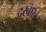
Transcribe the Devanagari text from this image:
दरबार।